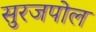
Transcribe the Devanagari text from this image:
सुरजपोल